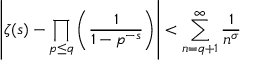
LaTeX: \left| \zeta ( s ) - \prod _ { p \leq q } \left( { \frac { 1 } { 1 - p ^ { - s } } } \right) \right| < \sum _ { n = q + 1 } ^ { \infty } { \frac { 1 } { n ^ { \sigma } } }